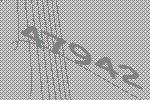
47942